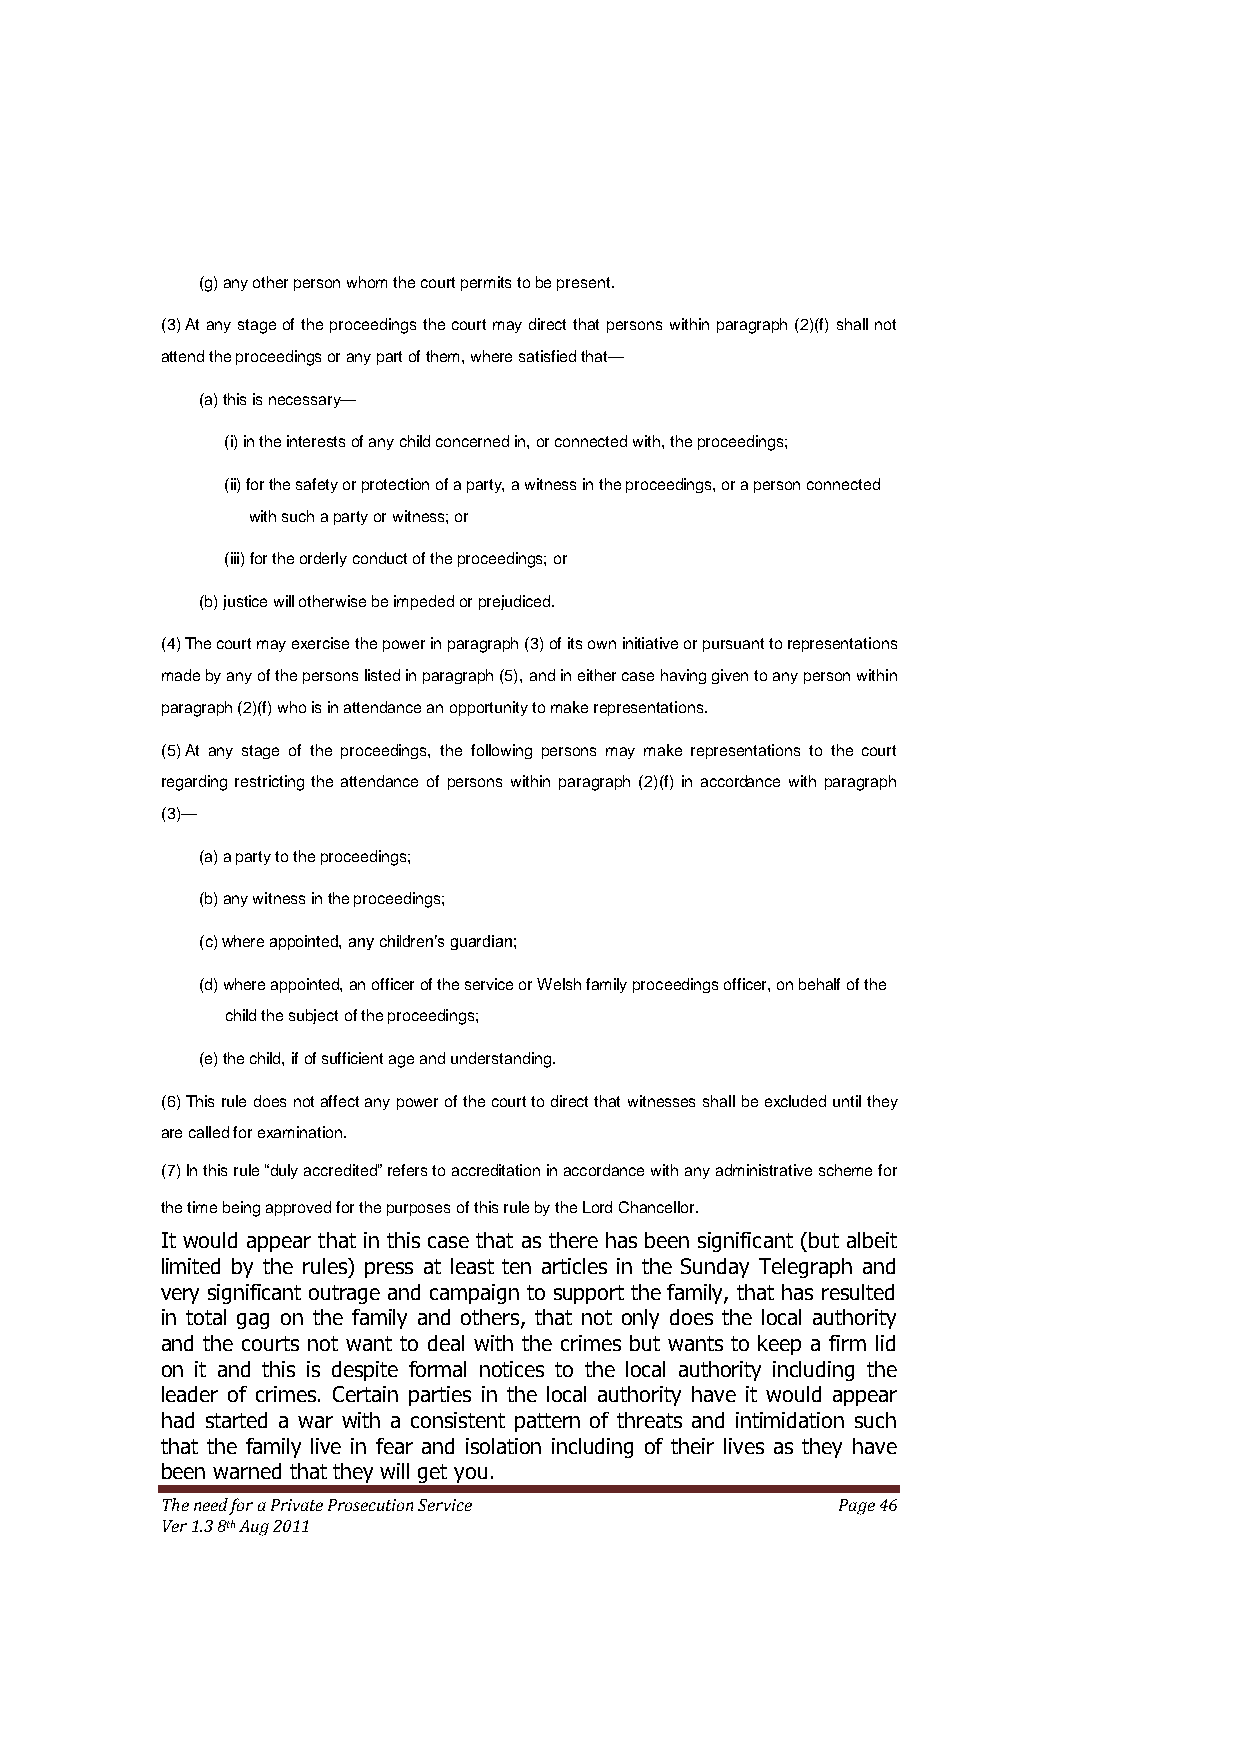
(g) any other person whom the court permits to be present.
 (3) At any stage of the proceedings the court may direct that persons within paragraph (2)(f) shall not
 attend the proceedings or any part of them, where satisfied that—
 (a) this is necessary—
 (i) in the interests of any child concerned in, or connected with, the proceedings;
 (ii) for the safety or protection of a party, a witness in the proceedings, or a person connected
 with such a party or witness; or
 (iii) for the orderly conduct of the proceedings; or
 (b) justice will otherwise be impeded or prejudiced.
 (4) The court may exercise the power in paragraph (3) of its own initiative or pursuant to representations
 made by any of the persons listed in paragraph (5), and in either case having given to any person within
 paragraph (2)(f) who is in attendance an opportunity to make representations.
 (5) At any stage of the proceedings, the following persons may make representations to the court
 regarding restricting the attendance of persons within paragraph (2)(f) in accordance with paragraph
 (3)—
 (a) a party to the proceedings;
 (b) any witness in the proceedings;
 (c) where appointed, any children’s guardian;
 (d) where appointed, an officer of the service or Welsh family proceedings officer, on behalf of the
 child the subject of the proceedings;
 (e) the child, if of sufficient age and understanding.
 (6) This rule does not affect any power of the court to direct that witnesses shall be excluded until they
 are called for examination.
 (7) In this rule “duly accredited” refers to accreditation in accordance with any administrative scheme for
 the time being approved for the purposes of this rule by the Lord Chancellor.
 It would appear that in this case that as there has been significant (but albeit
 limited by the rules) press at least ten articles in the Sunday Telegraph and
 very significant outrage and campaign to support the family, that has resulted
 in total gag on the family and others, that not only does the local authority
 and the courts not want to deal with the crimes but wants to keep a firm lid
 on it and this is despite formal notices to the local authority including the
 leader of crimes. Certain parties in the local authority have it would appear
 had started a war with a consistent pattern of threats and intimidation such
 that the family live in fear and isolation including of their lives as they have
 been warned that they will get you.
 The need for a Private Prosecution Service  Page 46
 Ver 1.3 8th Aug 2011